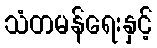
သံတမန်ရေးနှင့်